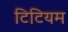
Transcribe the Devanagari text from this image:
टिटियम